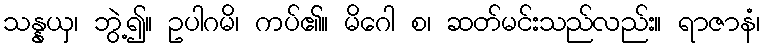
သန္နယှ၊ ဘွဲ့၍။ ဥပါဂမိ၊ ကပ်၏။ မိဂေါ စ၊ ဆတ်မင်းသည်လည်း။ ရာဇာနံ၊